Report of the Bombay Veterinary College
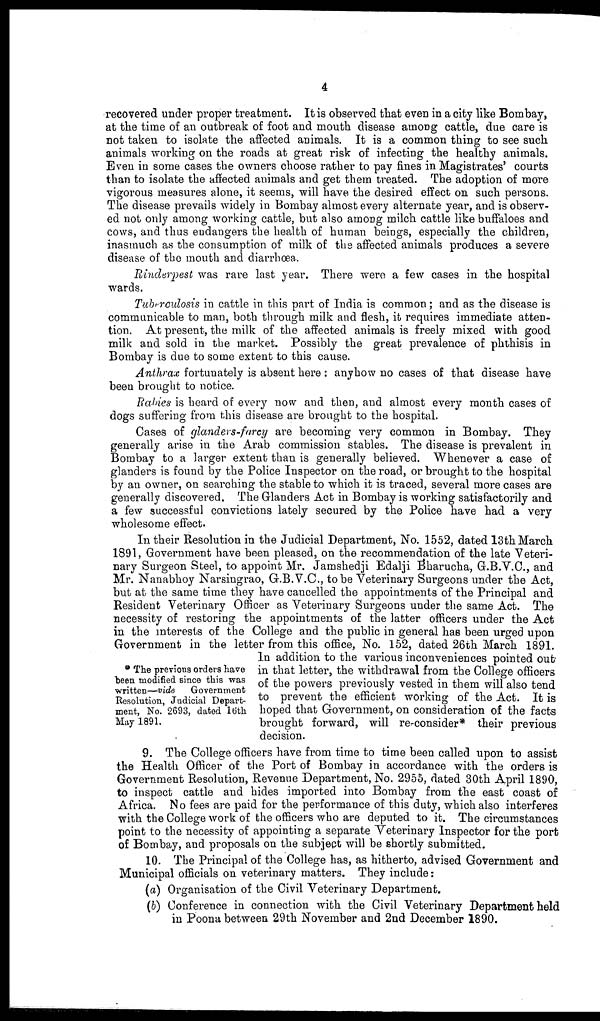
4
recovered under proper treatment. It is observed that even in a city like Bombay,
at the time of an outbreak of foot and mouth disease among cattle, due care is
not taken to isolate the affected animals. It is a common thing to see such
animals working on the roads at great risk of infecting the healthy animals.
Even in some cases the owners choose rather to pay fines in Magistrates' courts
than to isolate the affected animals and get them treated. The adoption of more
vigorous measures alone, it seems, will have the desired effect on such persons.
The disease prevails widely in Bombay almost every alternate year, and is observ-
ed not only among working cattle, but also among milch cattle like buffaloes and
cows, and thus endangers the health of human beings, especially the children,
inasmuch as the consumption of milk of the affected animals produces a severe
disease of the mouth and diarrhoea.
Rinderpest was rare last year. There were a few cases in the hospital
wards.
Tuberculosis in cattle in this part of India is common; and as the disease is
communicable to man, both through milk and flesh, it requires immediate atten¬
tion. At present, the milk of the affected animals is freely mixed with good
milk and sold in the market. Possibly the great prevalence of phthisis in
Bombay is due to some extent to this cause.
Anthrax fortunately is absent here : anyhow no cases of that disease have
been brought to notice.
Rabies is heard of every now and then, and almost every month cases of
dogs suffering from this disease are brought to the hospital.
Cases of glanders-farcy are becoming very common in Bombay. They
generally arise in the Arab commission stables. The disease is prevalent in
Bombay to a larger extent than is generally believed. Whenever a case of
glanders is found by the Police Inspector on the road, or brought to the hospital
by an owner, on searching the stable to which it is traced, several more cases are
generally discovered. The Glanders Act in Bombay is working satisfactorily and
a few successful convictions lately secured by the Police have had a very
wholesome effect.
* The previous orders have
been modified since this was
written—vide
Government
Resolution, Judicial Depart-
ment, No. 2693, dated 16th
May 1891.
In their Resolution in the Judicial Department, No. 1552, dated 13th March
1891, Government have been pleased, on the recommendation of the late Veteri-
nary Surgeon Steel, to appoint Mr. Jamshedji Edalji Bharucha, G.B.V.C., and
Mr. Nanabhoy Narsingrao, G.B.V.C., to be Veterinary Surgeons under the Act,
but at the same time they have cancelled the appointments of the Principal and
Resident Veterinary Officer as Veterinary Surgeons under the same Act. The
necessity of restoring the appointments of the latter officers under the Act
in the interests of the College and the public in general has been urged upon
Government in the letter from this office, No. 152, dated 26th March 1891.
In addition to the various inconveniences pointed out
in that letter, the withdrawal from the College officers
of the powers previously vested in them will also tend
to prevent the efficient working of the Act. It is
hoped that Government, on consideration of the facts
brought forward, will re-consider* their previous
decision.
9. The College officers have from time to time been called upon to assist
the Health Officer of the Port of Bombay in accordance with the orders is
Government Resolution, Revenue Department, No. 2955, dated 30th April 1890,
to inspect cattle and hides imported into Bombay from the east coast of
Africa. No fees are paid for the performance of this duty, which also interferes
with the College work of the officers who are deputed to it. The circumstances
point to the necessity of appointing a separate Veterinary Inspector for the port
of Bombay, and proposals on the subject will be shortly submitted.
10. The Principal of the College has, as hitherto, advised Government and
Municipal officials on veterinary matters. They include:
(a) Organisation of the Civil Veterinary Department.
(b) Conference in connection with the Civil Veterinary Department held
in Poona between 29th November and 2nd December 1890.